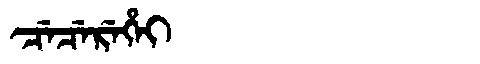
Manchu: ᠴᡝᠴᡝᡵᡝᡥᡝᡳ
Romanization: CECEREHEI